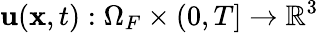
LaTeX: \mathbf{u}(\mathbf{x},t):\Omega_{F}\times(0,T]\rightarrow\mathbb{R}^{3}